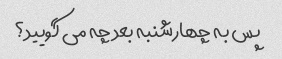
پس به چهارشنبه بعد چه می گویید؟